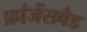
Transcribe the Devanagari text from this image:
फ्रांजेंसबैड